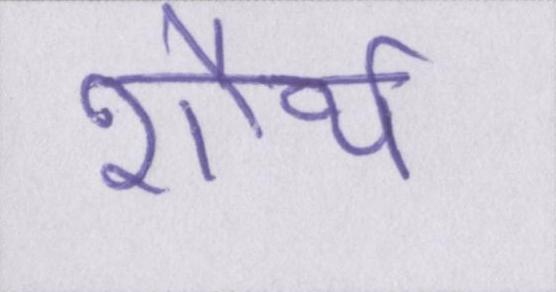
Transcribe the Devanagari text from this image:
शौर्य